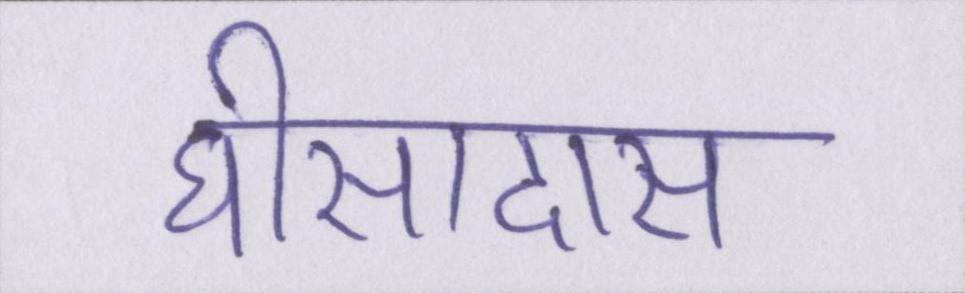
घीसादास